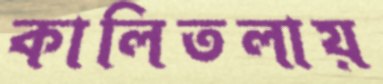
কালিতলায়